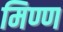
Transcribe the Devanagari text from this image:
मिण्ण